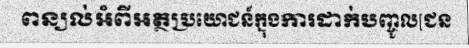
ពន្យល់អំពីអត្ថប្រយោជន៍ក្នុងការដាក់បញ្ចូល[ជន